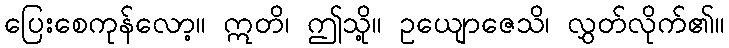
ပြေးစေကုန်လော့။ ဣတိ၊ ဤသို့။ ဥယျောဇေသိ၊ လွှတ်လိုက်၏။